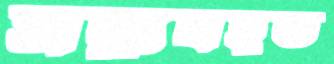
সদ্ব্যবহূত